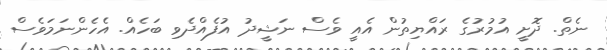
ނެތް. ދޮށީ އުމުރުގެ ރައްޔިތުން އެއީ ވެސް ނަޝީދު އުފެއްދެވި ބަހެއް. އެހެންނަމަވެސް